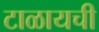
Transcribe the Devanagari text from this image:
टाळायची